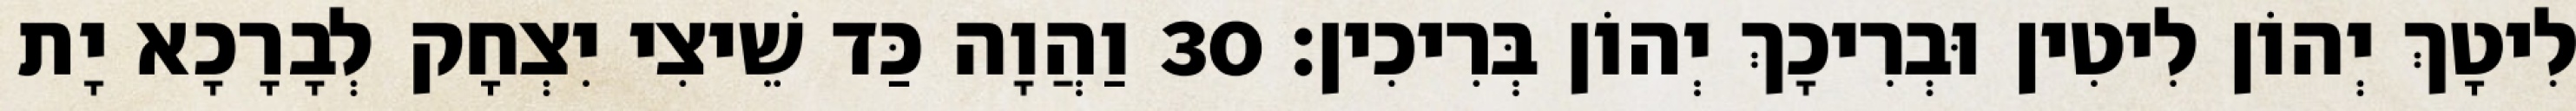
לִיטָךְ יְהוֹן לִיטִין וּבְרִיכָךְ יְהוֹן בְּרִיכִין׃ 30 וַהֲוָה כַּד שֵׁיצִי יִצְחָק לְבָרָכָא יָת